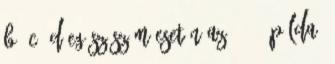
b, c, d egész szám esetén az 45 38.példa: